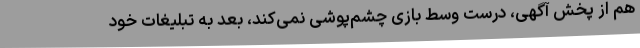
هم از پخش آگهی، درست وسط بازی چشم‌پوشی نمی‌کند، بعد به تبلیغات خود